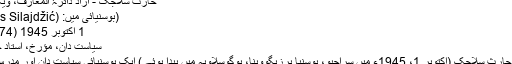
حارث سلاجک - آزاد دائرۃ المعارف، ویکیپیڈیا
(بوسنیائی میں: Haris Silajdžić)
1 اکتوبر 1945 (74 سال)
سیاست دان، مؤرخ، استاد جامعہ
ڈاکٹر حارث سلاجک (اکتوبر 1، 1945ء میں سراجیو، بوسنیا ہرزیگووینا، یوگوسلاویہ میں پیدا ہوئے) ایک بوسنیائی سیاست دان اور مدرس ہیں۔